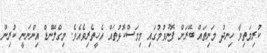
ކުރިމަތިވާ ހިނދު މަނިތައް ބޭރަށް ފޮނުވުމުގައި މިމަސްކޮޅުތައް އެހީތެރިވެއެވެ. މިގްލޭންޑް އިންނަނީ ކުރިން